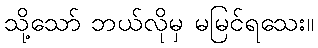
သို့သော် ဘယ်လိုမှ မမြင်ရသေး။